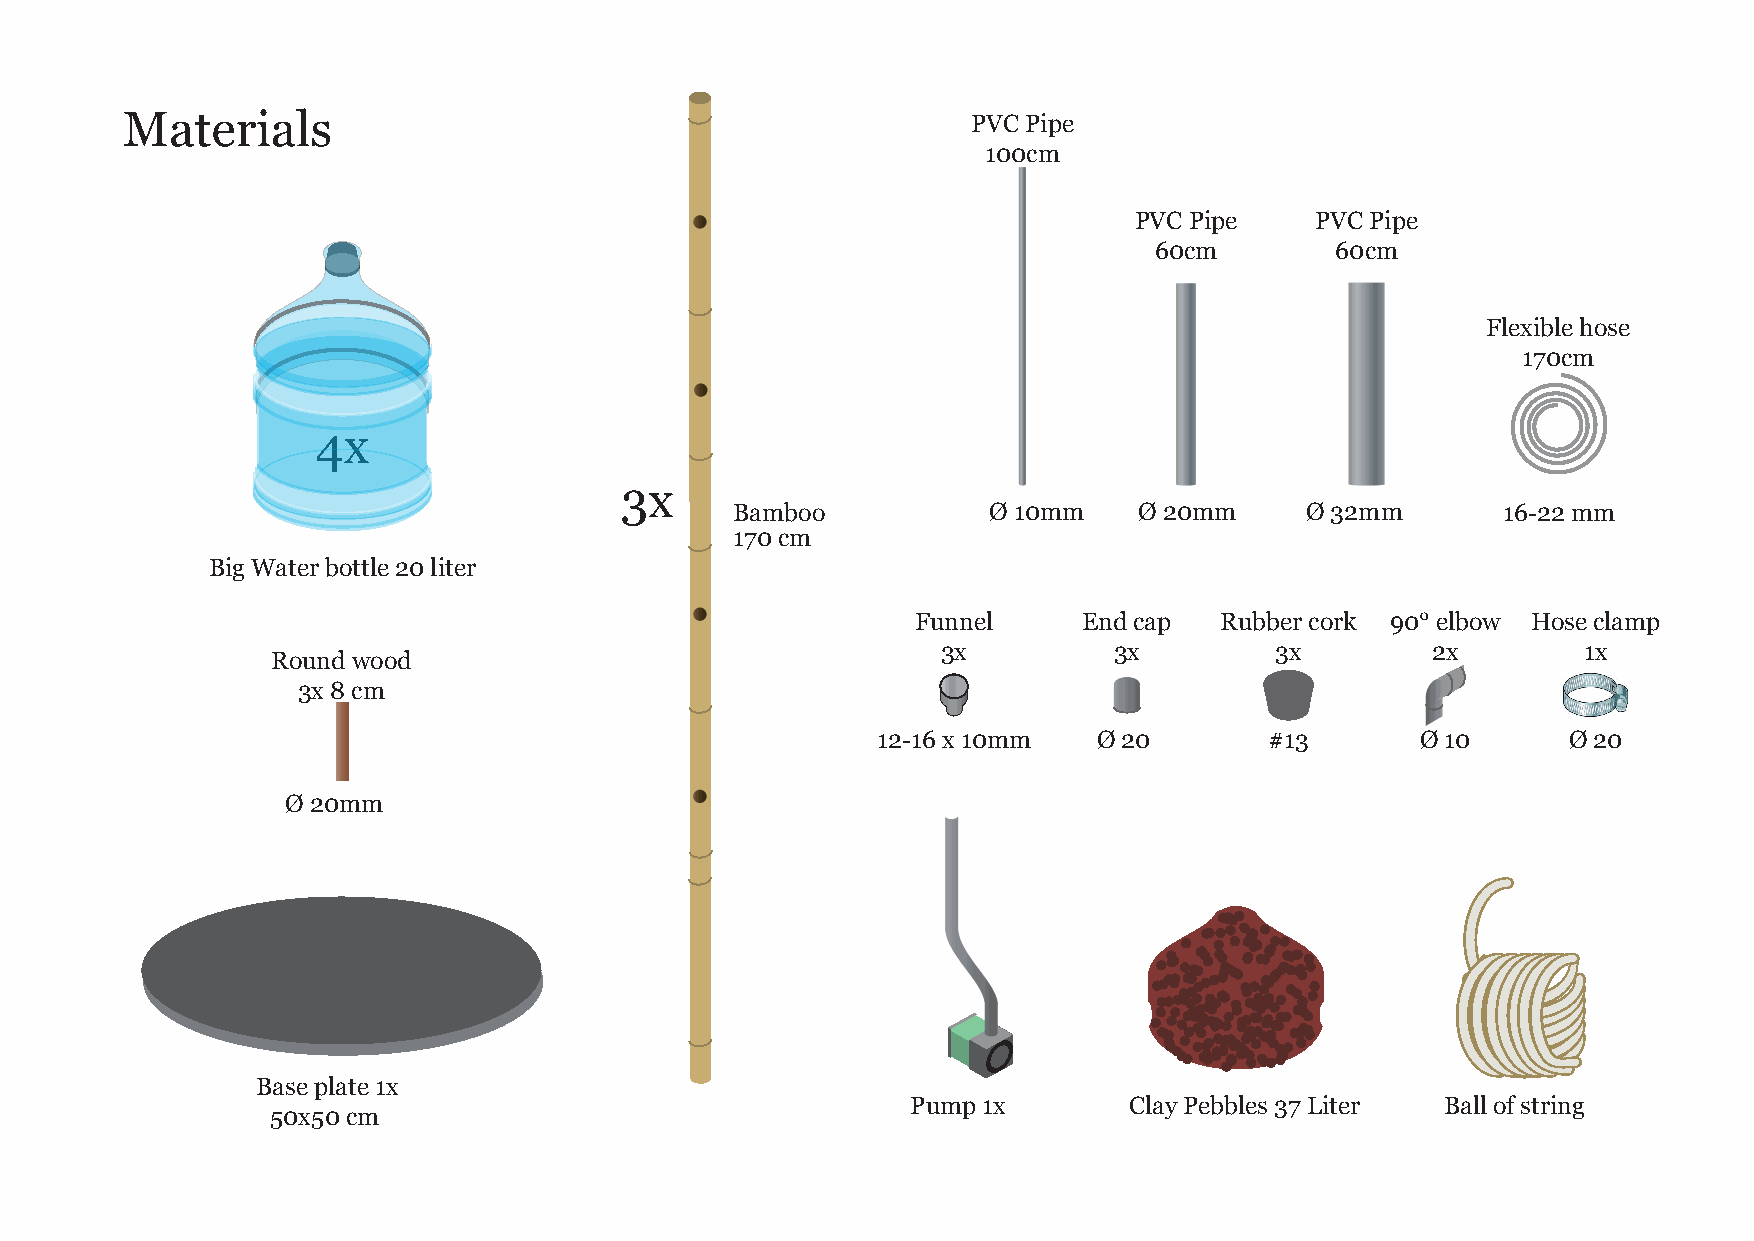
Materials                                               PVC Pipe
 100cm
 PVC Pipe    PVC Pipe
 60cm        60cm
 Flexible hose
 170cm
 4x
 3x
 Bamboo           Ø 10mm   Ø 20mm     Ø 32mm        16-22 mm
 170 cm
 Big Water bottle 20 liter
 Funnel     End cap  Rubber cork 90° elbow Hose clamp
 3x          3x        3x         2x        1x
 Round wood
 3x 8 cm
 12-16 x 10mm   Ø 20       #13       Ø 10      Ø 20
 Ø 20mm
 Base plate 1x
 Pump 1x        Clay Pebbles 37 Liter Ball of string
 50x50 cm